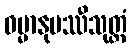
ဓမ္မာနုပဿီသုတ္တံ